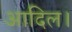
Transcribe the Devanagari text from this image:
आदिल।